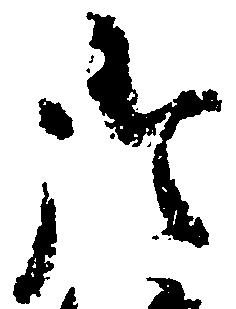
御